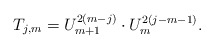
\begin{align*}T_{j,m}=U_{m+1}^{2(m-j)}\cdot U_m^{2(j-m-1)} .\end{align*}